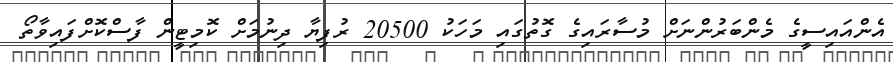
އެންއައިސީގެ މެންބަރުންނަށް މުސާރައިގެ ގޮތުގައި މަހަކު 20500 ރުފިޔާ ދިނުމަށް ކޮމިޓީން ފާސްކޮށްފައިވާތޯ